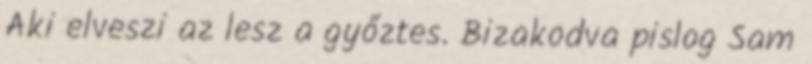
Aki elveszi az lesz a győztes. Bizakodva pislog Sam